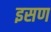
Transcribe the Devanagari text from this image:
इसण